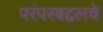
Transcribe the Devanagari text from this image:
परंपरबद्दलचे